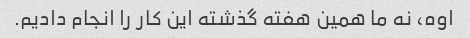
اوه، نه ما همین هفته گذشته این کار را انجام دادیم.